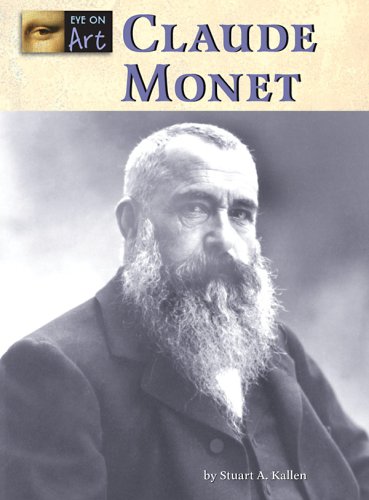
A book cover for Claude Monet (Eye on Art); Stuart A. Kallen; Teen & Young Adult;